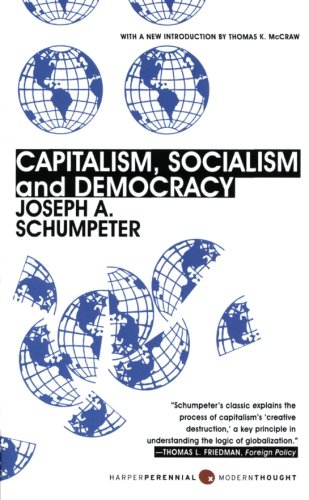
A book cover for Capitalism, Socialism, and Democracy: Third Edition; Joseph A. Schumpeter; Business & Money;